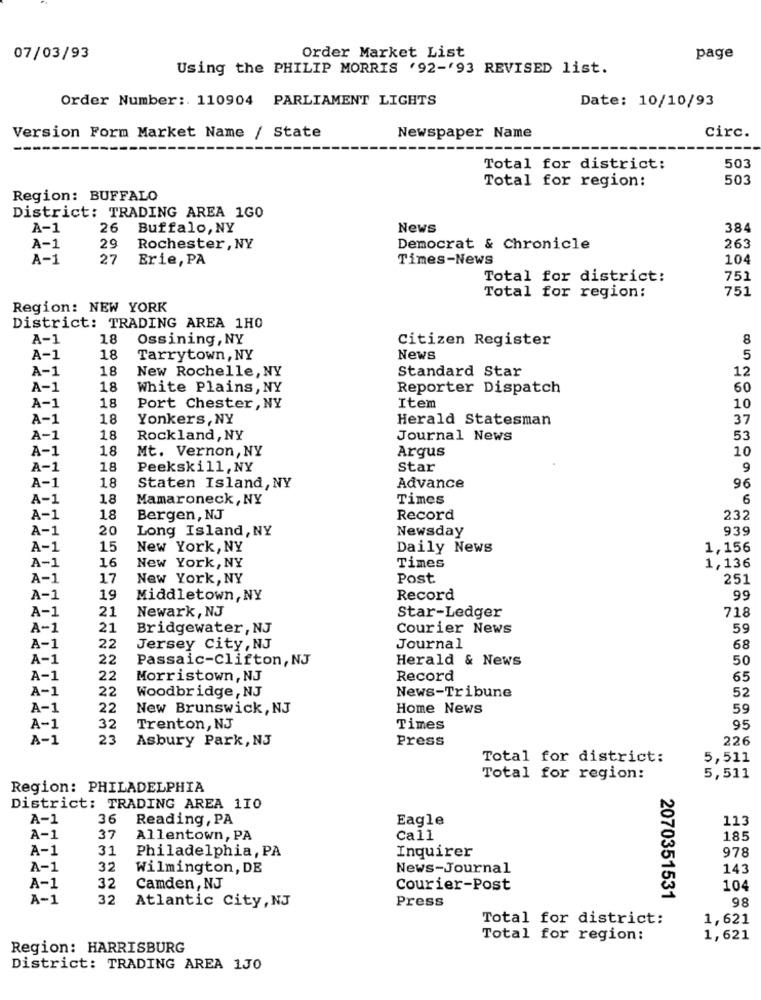
Order Market List
07/03/93
page
Using the PHILIP MORRIS '92-'93 REVISED list.
Order Number :. 110904 PARLIAMENT LIGHTS
Date: 10/10/93
Version Form Market Name / State
Newspaper Name
circ.
503
Total for district:
Total for region:
503
Region: BUFFALO
District: TRADING AREA 1GO
A-1
26
Buffalo, NY
News
384
A-1
29
Rochester, NY
Democrat & Chronicle
263
A-1
27
Erie, PA
Times-News
104
Total for district:
751
751
Total for region:
Region: NEW YORK
District: TRADING AREA 1H0
A-1
18
Ossining, NY
Citizen Register
8
A-1
18
Tarrytown, NY
News
5
A-1
18
New Rochelle, NY
Standard Star
12
A-1
18
White Plains, NY
Reporter Dispatch
60
18
A-1
Port Chester, NY
Item
10
A-1
18
Yonkers, NY
Herald Statesman
37
A-1
18
Rockland, NY
Journal News
53
A-1
18
Mt. Vernon, NY
Argus
10
A-1
18
Peekskill,NY
Star
9
18
A-1
Staten Island, NY
Advance
96
A-1
18
Mamaroneck, NY
Times
6
A-1
18
Bergen, NJ
Record
232
A-1
20
Long Island, NY
Newsday
939
A-1
15
New York, NY
Daily News
1,156
16
Times
A-1
New York, NY
1,136
A-1
17
New York, NY
Post
251
A-1
19
Middletown, NY
Record
99
A-1
21
Newark, NJ
Star-Ledger
718
A-1
21
Bridgewater, NJ
Courier News
59
A-1
22
Jersey City, NJ
Journal
68
A-1
22
Passaic-Clifton, NJ
Herald & News
50
A-1
22
Morristown, NJ
Record
65
A-1
22
Woodbridge , NJ
52
News-Tribune
A-1
22
New Brunswick, NJ
Home News
59
A-1
32
Trenton, NJ
Times
95
A-1
23
Asbury Park, NJ
Press
226
Total for district:
5,511
Total for region:
5,511
Region: PHILADELPHIA
District: TRADING AREA 110
A-1
36
Reading, PA
Eagle
113
A-1
37
Allentown, PA
Call
185
A-1
31
Inquirer
978
Philadelphia, PA
A-1
32
Wilmington, DE
News-Journal
143
32
A-1
Camden , NJ
Courier-Post
104
A-1
32
Atlantic City, NJ
Press
2070351531
98
Total for district:
1,621
Total for region:
1,621
Region: HARRISBURG
District: TRADING AREA 130